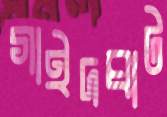
গাইদঘাট